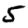
Digit: 5